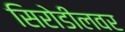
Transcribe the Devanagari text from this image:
सिरोडीलवर